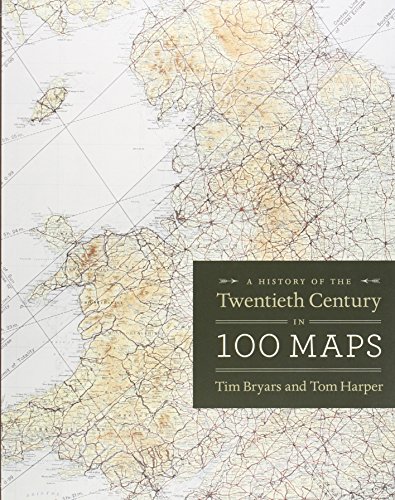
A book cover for A History of the Twentieth Century in 100 Maps; Tim Bryars; Science & Math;